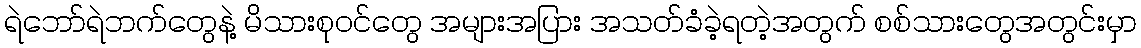
ရဲဘော်ရဲဘက်တွေနဲ့ မိသားစုဝင်တွေ အများအပြား အသတ်ခံခဲ့ရတဲ့အတွက် စစ်သားတွေအတွင်းမှာ